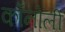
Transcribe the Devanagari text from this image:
कॉनोली